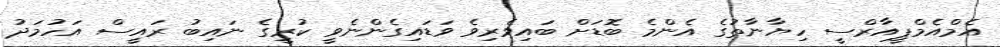
އެމްއެމްޕީއާރްސީ ހިޔާނާތުގެ އެންމެ ބޮޑަށް ބައިވެރިވެ ވަޑައިގެންނެވީ ކުރީގެ ނައިބު ރައީސް އަހުމަދު